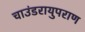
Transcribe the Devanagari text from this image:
चाउंडरायुपराण